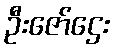
ဦးဇော်ဌေး